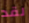
لقد